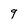
Character: 9